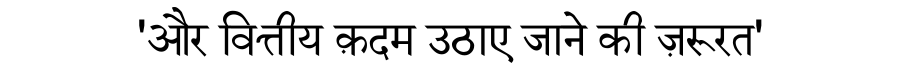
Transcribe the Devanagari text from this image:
'और वित्तीय क़दम उठाए जाने की ज़रूरत'